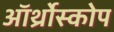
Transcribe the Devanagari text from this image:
ऑर्थ्रोस्कोप